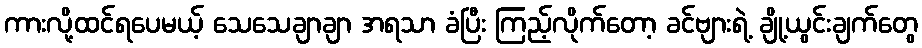
ကားလို့ထင်ရပေမယ့် သေသေချာချာ အရသာ ခံပြီး ကြည့်လိုက်တော့ ခင်ဗျားရဲ့ ချို့ယွင်းချက်တွေ